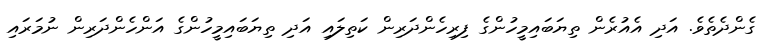
ގެންދެެތެވެ. އަދި އެއުރެން ތިޔަބައިމީހުންގެ ފިރިހެންދަރިން ކަތިލައި އަދި ތިޔަބައިމީހުންގެ އަންހެންދަރިން ނުމަރައި